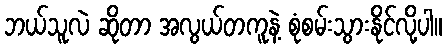
ဘယ်သူလဲ ဆိုတာ အလွယ်တကူနဲ့ စုံစမ်းသွားနိုင်လို့ပါ။